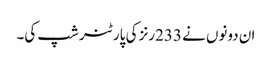
ان دونوں نے 233رنز کی پارٹنر شپ کی۔